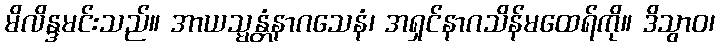
မိလိန္ဒမင်းသည်။ အာယသ္မန္တံနာဂသေနံ၊ အရှင်နာဂသိန်မထေရ်ကို။ ဒိသွာဝ၊